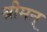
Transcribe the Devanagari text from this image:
श्रीमन्